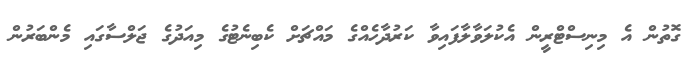
ގޮތުން އެ މިނިސްޓްރީން އެކުލަވާލާފައިވާ ކަރުދާހެއްގެ މައްޗަށް ކެބިނެޓުގެ މިއަދުގެ ޖަލްސާގައި މެންބަރުން